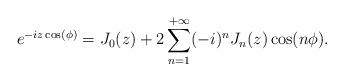
LaTeX: \begin{align*}e^{-iz \cos(\phi)}&=J_0(z)+2\sum_{n=1}^{+\infty}(-i)^n J_n(z) \cos(n\phi).\end{align*}